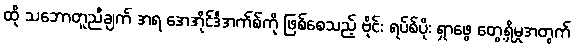
ထို သဘောတူညီချက် အရ အေအိုင်ဒီအက်စ်ကို ဖြစ်စေသည့် ဗိုင်း ရပ်စ်ပိုး ရှာဖွေ တွေ့ရှိမှုအတွက်